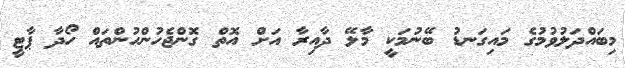
މިބައްދަލުވުމުގެ މައިގަނޑު ބޭނުމަކީ މާލޭ ދާއިރާ އަށް އޮތް ގޮންޖެހުންހުންތައް ހޯދާ ޕާޓީ